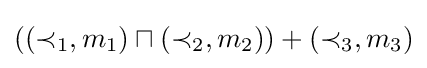
((\prec _{1},m_{1})\sqcap (\prec _{2},m_{2}))+(\prec _{3},m_{3})